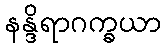
နန္ဒိရာဂက္ခယာ